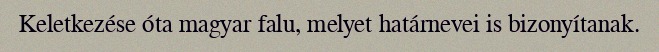
Keletkezése óta magyar falu, melyet határnevei is bizonyítanak.